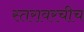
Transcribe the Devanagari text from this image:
स्तरावरचीच